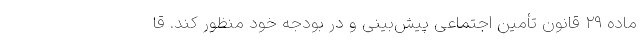
ماده ۲۹ قانون تأمین اجتماعی پیش‌بینی و در بودجه خود منظور کند. قا